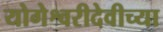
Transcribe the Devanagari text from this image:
योगेश्वरीदेवीच्या